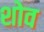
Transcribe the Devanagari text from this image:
शोव